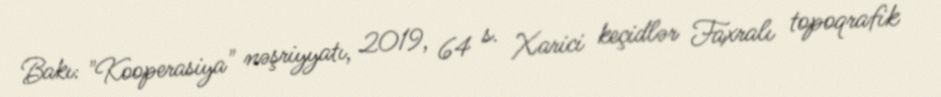
Bakı: "Kooperasiya" nəşriyyatı, 2019, 64 s. Xarici keçidlər Faxralı topoqrafik